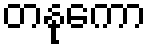
တနုကော